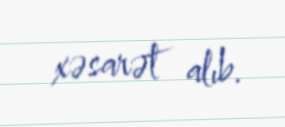
xəsarət alıb.